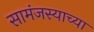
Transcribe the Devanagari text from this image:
सामंजस्याच्या